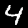
Label: 4